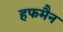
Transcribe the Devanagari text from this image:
हफमैन